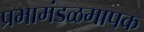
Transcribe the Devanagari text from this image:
प्रभामंडळमापक